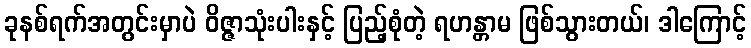
ခုနစ်ရက်အတွင်းမှာပဲ ဝိဇ္ဇာသုံးပါးနှင့် ပြည့်စုံတဲ့ ရဟန္တာမ ဖြစ်သွားတယ်၊ ဒါကြောင့်